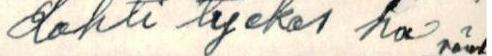
Lahti lyckas ha värd